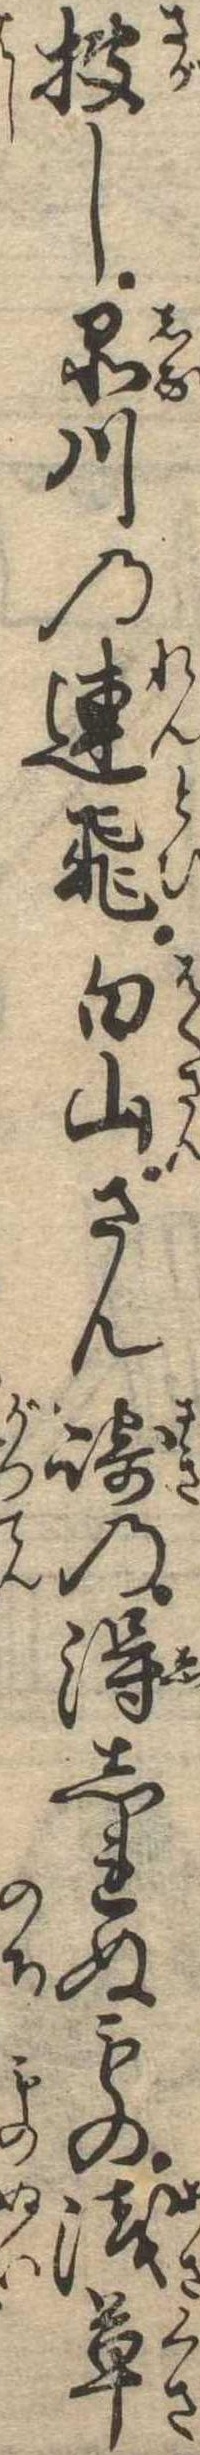
捜し品川の連飛白山さん崎の得しれぬもの浅草